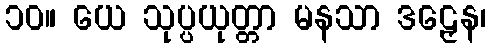
၁၀။ ယေ သုပ္ပယုတ္တာ မနသာ ဒဠှေန၊